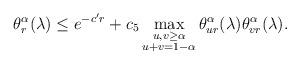
LaTeX: \begin{align*} \theta_r^\alpha(\lambda) \le e^{-c' r}+c_5 \max_{\substack{u,v\ge\alpha \\ u+v=1-\alpha}}\theta_{ur}^\alpha(\lambda)\theta_{vr}^\alpha(\lambda).\end{align*}